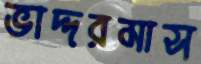
ভাদ্দরমাস